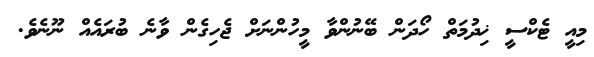
މިއީ ޓެކްސީ ޚިދުމަތް ހޯދަން ބޭނުންވާ މީހުންނަށް ޖެހިގެން ވާނެ ބުރައެއް ނޫނެވެ.